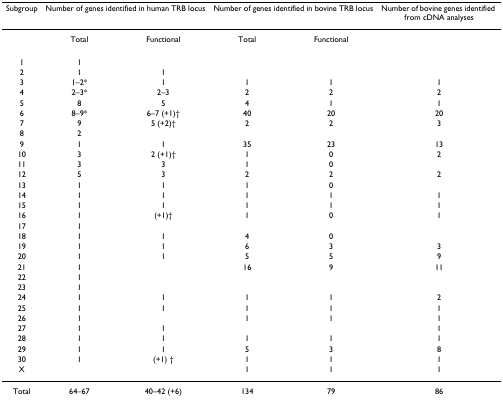
<table><thead><tr><td><b>Subgroup</b></td><td colspan="2"><b>Number of genes identified in human TRB locus</b></td><td colspan="2"><b>Number of genes identified in bovine TRB locus</b></td><td><b>Number of bovine genes identified from cDNA analyses</b></td></tr></thead><tbody><tr><td></td><td>Total</td><td>Functional</td><td>Total</td><td>Functional</td><td></td></tr><tr><td>1</td><td>1</td><td></td><td></td><td></td><td></td></tr><tr><td>2</td><td>1</td><td>1</td><td></td><td></td><td></td></tr><tr><td>3</td><td>1–2*</td><td>1</td><td>1</td><td>1</td><td>1</td></tr><tr><td>4</td><td>2–3*</td><td>2–3</td><td>2</td><td>2</td><td>2</td></tr><tr><td>5</td><td>8</td><td>5</td><td>4</td><td>1</td><td>1</td></tr><tr><td>6</td><td>8–9*</td><td>6–7 (+1)†</td><td>40</td><td>20</td><td>20</td></tr><tr><td>7</td><td>9</td><td>5 (+2)†</td><td>2</td><td>2</td><td>3</td></tr><tr><td>8</td><td>2</td><td></td><td></td><td></td><td></td></tr><tr><td>9</td><td>1</td><td>1</td><td>35</td><td>23</td><td>13</td></tr><tr><td>10</td><td>3</td><td>2 (+1)†</td><td>1</td><td>0</td><td>2</td></tr><tr><td>11</td><td>3</td><td>3</td><td>1</td><td>0</td><td></td></tr><tr><td>12</td><td>5</td><td>3</td><td>2</td><td>2</td><td>2</td></tr><tr><td>13</td><td>1</td><td>1</td><td>1</td><td>0</td><td></td></tr><tr><td>14</td><td>1</td><td>1</td><td>1</td><td>1</td><td>1</td></tr><tr><td>15</td><td>1</td><td>1</td><td>1</td><td>1</td><td>1</td></tr><tr><td>16</td><td>1</td><td>(+1)†</td><td>1</td><td>0</td><td>1</td></tr><tr><td>17</td><td>1</td><td></td><td></td><td></td><td></td></tr><tr><td>18</td><td>1</td><td>1</td><td>4</td><td>0</td><td></td></tr><tr><td>19</td><td>1</td><td>1</td><td>6</td><td>3</td><td>3</td></tr><tr><td>20</td><td>1</td><td>1</td><td>5</td><td>5</td><td>9</td></tr><tr><td>21</td><td>1</td><td></td><td>16</td><td>9</td><td>11</td></tr><tr><td>22</td><td>1</td><td></td><td></td><td></td><td></td></tr><tr><td>23</td><td>1</td><td></td><td></td><td></td><td></td></tr><tr><td>24</td><td>1</td><td>1</td><td>1</td><td>1</td><td>2</td></tr><tr><td>25</td><td>1</td><td>1</td><td>1</td><td>1</td><td>1</td></tr><tr><td>26</td><td>1</td><td></td><td>1</td><td>1</td><td>1</td></tr><tr><td>27</td><td>1</td><td>1</td><td></td><td></td><td>1</td></tr><tr><td>28</td><td>1</td><td>1</td><td>1</td><td>1</td><td>1</td></tr><tr><td>29</td><td>1</td><td>1</td><td>5</td><td>3</td><td>8</td></tr><tr><td>30</td><td>1</td><td>(+1) †</td><td>1</td><td>1</td><td>1</td></tr><tr><td>X</td><td></td><td></td><td>1</td><td>1</td><td>1</td></tr><tr><td>Total</td><td>64–67</td><td>40–42 (+6)</td><td>134</td><td>79</td><td>86</td></tr></tbody></table>